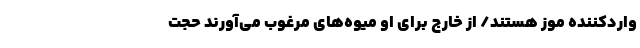
واردکننده موز هستند/ از خارج برای او میوه‌های مرغوب می‌آورند حجت‌